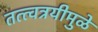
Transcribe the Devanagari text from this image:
तत्त्वत्रयीमुळे